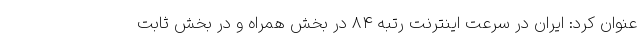
عنوان کرد: ایران در سرعت اینترنت رتبه 84 در بخش همراه و در بخش ثابت